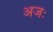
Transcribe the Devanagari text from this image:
अजः